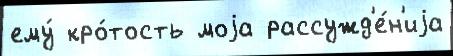
ему́ кро́тость моjа рассужд'е́н'иjа